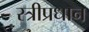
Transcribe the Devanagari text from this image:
स्त्रीप्रधान